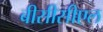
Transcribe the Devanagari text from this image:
बीसीसीएल